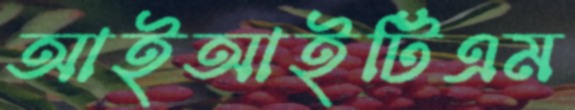
আইআইটিএম